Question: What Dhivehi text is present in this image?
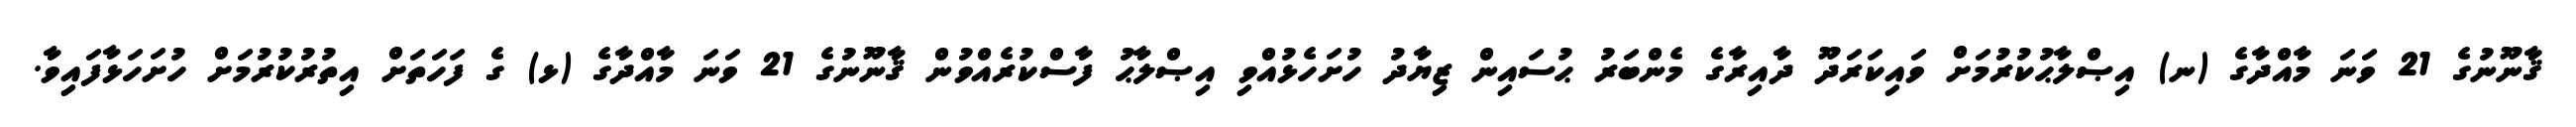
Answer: ޤާނޫނުގެ 21 ވަނަ މާއްދާގެ (ނ) އިޞްލާޙުކުރުމަށް ވައިކަރަދޫ ދާއިރާގެ މެންބަރު ޙުސައިން ޒިޔާދު ހުށަހެޅުއްވި އިޞްލާޙު ފާސްކުރެއްވުން ޤާނޫނުގެ 21 ވަނަ މާއްދާގެ (ޅ) ގެ ފަހަތަށް އިތުރުކުރުމަށް ހުށަހަޅާފައިވާ.